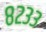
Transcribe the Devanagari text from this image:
८२३३